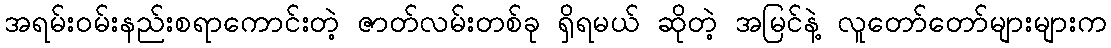
အရမ်းဝမ်းနည်းစရာကောင်းတဲ့ ဇာတ်လမ်းတစ်ခု ရှိရမယ် ဆိုတဲ့ အမြင်နဲ့ လူတော်တော်များများက